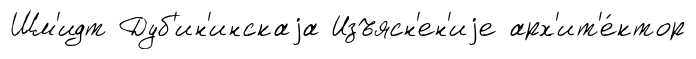
Шм'идт Дуб'ин'инскаjа Изъясн'ен'иjе арх'ит'е́ктор